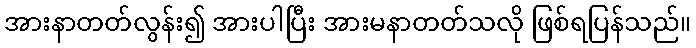
အားနာတတ်လွန်း၍ အားပါပြီး အားမနာတတ်သလို ဖြစ်ရပြန်သည်။